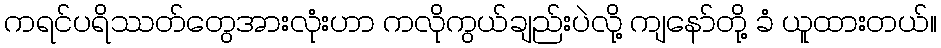
ကရင်ပရိဿတ်တွေအားလုံးဟာ ကလိုကွယ်ချည်းပဲလို့ ကျနော်တို့ ခံ ယူထားတယ်။